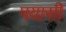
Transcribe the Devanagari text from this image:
पयासी